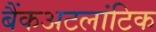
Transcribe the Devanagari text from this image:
बैंकअटलांटिक